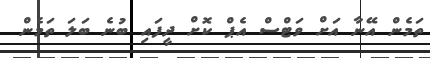
ތަމެން އޭނާ އަށް ވަޓްސް އެޕް ކޮށް ދީފައި ބުނެ ބަލަ ތަމެން